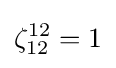
\zeta _{12}^{12}=1